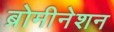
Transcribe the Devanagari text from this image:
ब्रोमीनेशन